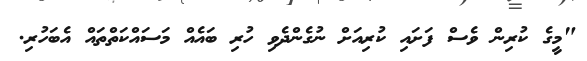
"މީގެ ކުރިން ވެސް ފަށައި ކުރިއަށް ނުގެންދެވި ހުރި ބައެއް މަސައްކަތްތައް އެބަހުރި.